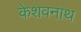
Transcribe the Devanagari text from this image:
केशवनाथ